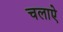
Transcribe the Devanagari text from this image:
चलाऐ